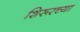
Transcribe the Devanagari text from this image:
शिरूरच्या